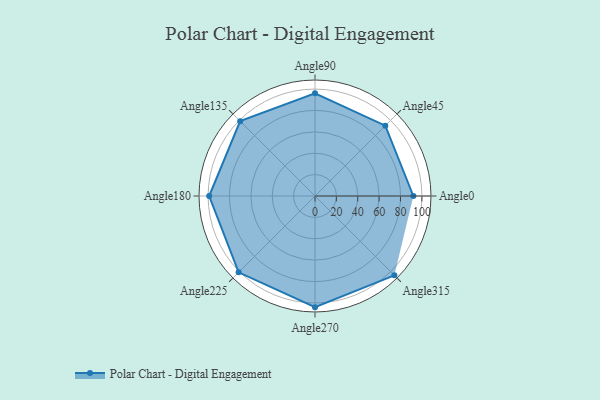
{"axis": {"x": "Angle", "y": "Radius"}, "legend": [""], "data": [{"x": "Angle0", "y": 92.0, "type": ""}, {"x": "Angle45", "y": 93.0, "type": ""}, {"x": "Angle90", "y": 96.0, "type": ""}, {"x": "Angle135", "y": 99.0, "type": ""}, {"x": "Angle180", "y": 99.0, "type": ""}, {"x": "Angle225", "y": 101.0, "type": ""}, {"x": "Angle270", "y": 104.0, "type": ""}, {"x": "Angle315", "y": 105.0, "type": ""}]}